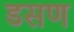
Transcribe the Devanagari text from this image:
डसण